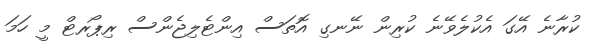
ކުރާނެ އޭގަ އެކުލެވޭނެ ކުރިން ނޭނގި އޮތަސް އިންޓެލިޖެންސް ރިޕޯރޓް މީ ހަމަ